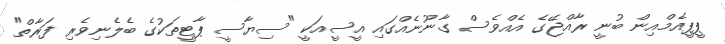
ޕީޕީއެމްއިން ބުނީ ރާއްޖޭގެ އެއްވެސް ގާނޫނެއްގައި އީސީއަކީ "ސިޔާސީ ޕާޓީތަކުގެ ބެލެނިވެރި ފަރާތް"